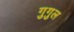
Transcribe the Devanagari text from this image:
गुगुल